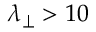
\lambda _ { \perp } > 1 0